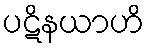
ပဋိနယာဟိ